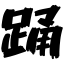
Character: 踊